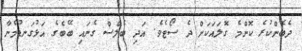
ދެބެންކުރެ ކޮންމެ ގޮލައަކަށް ދެ ސޯޓެވެ. އަދި ބެލްސް ގެނައި ބޭބެގެ އަޅުގަނޑުމެނާ